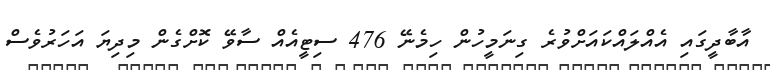
އާބާދީގައި އެއްލައްކައަށްވުރެ ގިނަމީހުން ހިމެނޭ 476 ސިޓީއެއް ސާވޭ ކޮށްގެން މިދިޔަ އަހަރުވެސް